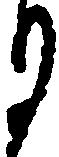
月